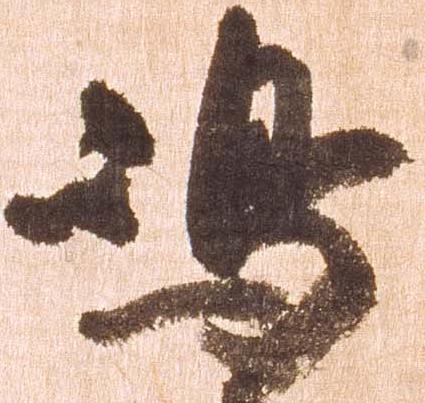
嶋